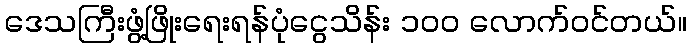
ဒေသကြီးဖွံ့ဖြိုးရေးရန်ပုံငွေသိန်း ၁၀၀ လောက်ဝင်တယ်။